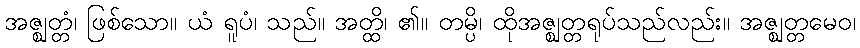
အဇ္ဈတ္တံ၊ ဖြစ်သော။ ယံ ရူပံ၊ သည်။ အတ္ထိ၊ ၏။ တမ္ပိ၊ ထိုအဇ္ဈတ္တရုပ်သည်လည်း။ အဇ္ဈတ္တမေဝ၊